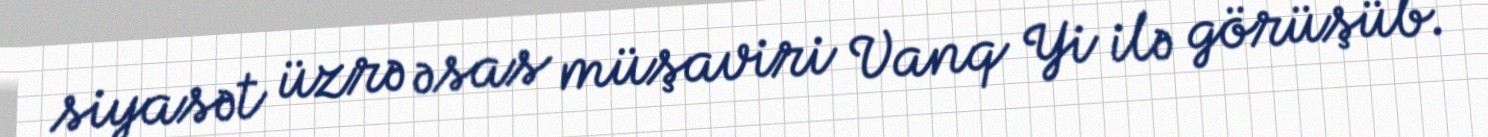
siyasət üzrə əsas müşaviri Vanq Yi ilə görüşüb.